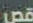
قص